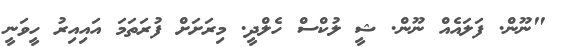
"ނޫން. ފަލައެއް ނޫން. ޝީ ލުކްސް ހެލްދީ. މިރަށަށް ފުރަތަމަ އައިއިރު ހީވަނީ